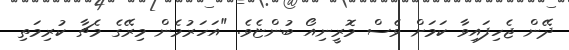
ދޭން ޖެހިފައިވާ ކަމަށް ވެސް މޮރީނިއޯ ބުންޏެވެ. "އަހަރުމެން މިރޭގެ މެޗާ ކުރިމަތި